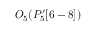
O _ { 5 } ( P _ { 5 } ^ { \prime } [ 6 - 8 ] )